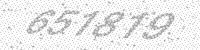
Solution: 651819